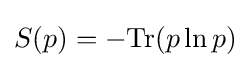
S(p)=-\mathrm {Tr} (p\ln p)